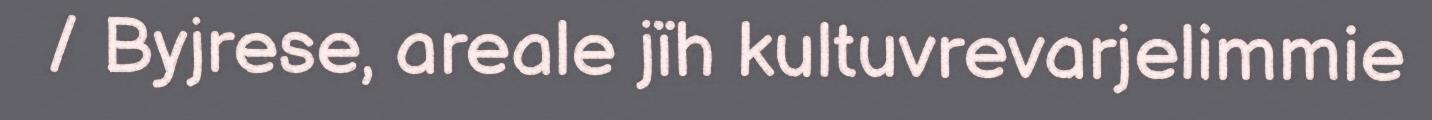
/ Byjrese, areale jïh kultuvrevarjelimmie